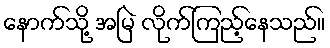
နောက်သို့ အမြဲ လိုက်ကြည့်နေသည်။